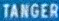
TANGER